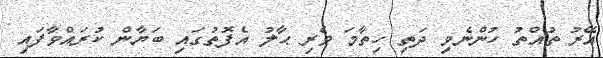
އޭރު ތުއްތު ހުންނެވި ދަތި ހިތާމަ ވެރި ޙާލު އެފޮތުގައި ބަޔާން ކުރައްވާފައި